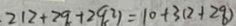
2 1 2 + 2 9 + 2 9 ^ { 2 } ) = 1 0 + 3 ( 2 + 2 8 )